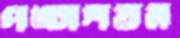
পঙ্চাশত্তম